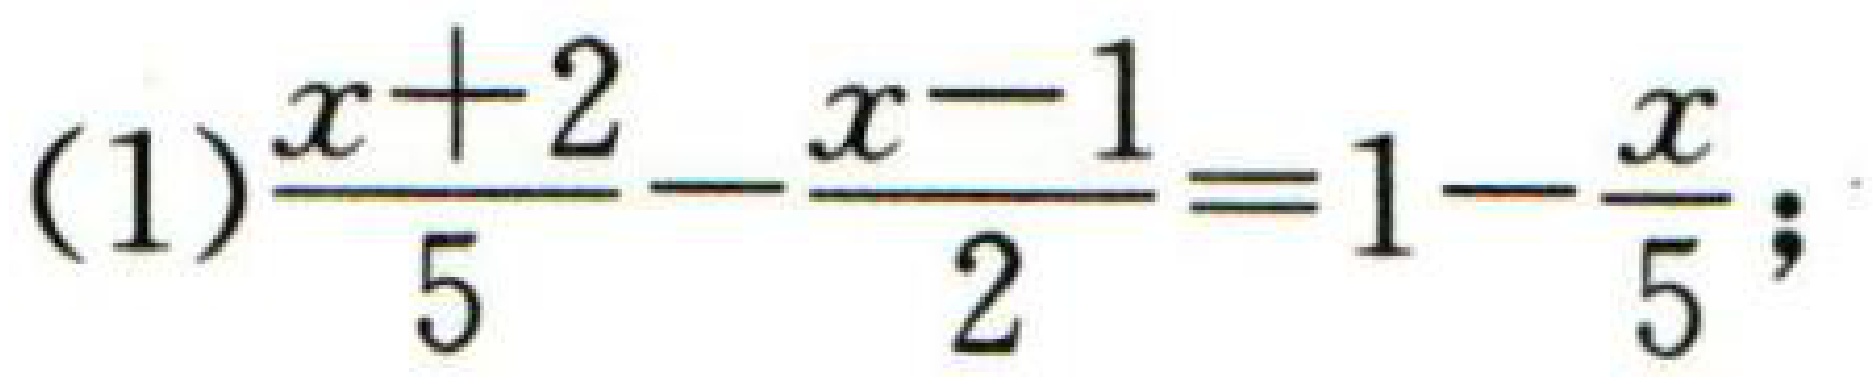
(1)$\frac{x + 2}{5}-\frac{x - 1}{2}=1-\frac{x}{5}$;